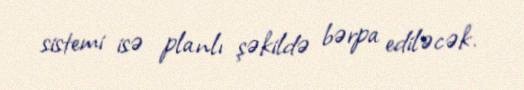
sistemi isə planlı şəkildə bərpa ediləcək.